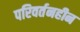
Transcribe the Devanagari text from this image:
परिवर्तनहीन